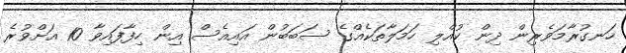
ހަނގުރާމަވެރިން ދިން ކުއްލި ހަމަލާތަކެއްގެ ސަބަބުން އައިއެސް އިން ހިފާފައިވާ 10 އަށްވުރެ